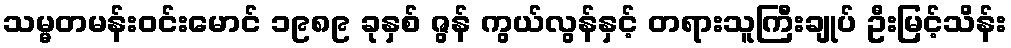
သမ္မတမန်းဝင်းမောင် ၁၉၈၉ ခုနှစ် ဇွန် ကွယ်လွန်နှင့် တရားသူကြီးချုပ် ဦးမြင့်သိန်း